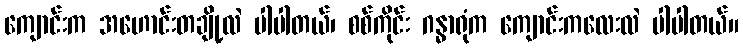
ကျောင်းက အဟောင်းတချို့လဲ ပါပါတယ်၊ စစ်ကိုင်း ဂန္ဓာရုံက ကျောင်းကလေးလဲ ပါပါတယ်။